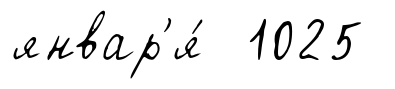
январ'я́ 1025